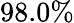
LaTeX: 98.0\%